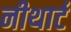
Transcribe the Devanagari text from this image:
नीथार्ट